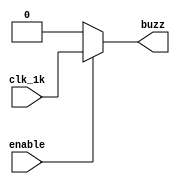
module buzzer(input clk_1k, input enable, output reg buzz);
    always@(clk_1k or enable) begin
        if (enable) begin
            buzz = clk_1k;
        end
        else begin
            buzz = 0;
        end
    end
endmodule